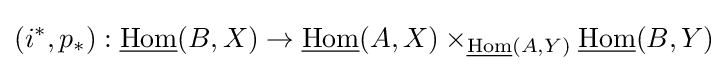
(i^{*},p_{*}):{\underline {\operatorname {Hom} }}(B,X)\to {\underline {\operatorname {Hom} }}(A,X)\times _{{\underline {\operatorname {Hom} }}(A,Y)}{\underline {\operatorname {Hom} }}(B,Y)